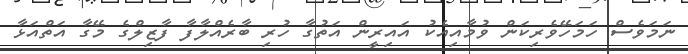
ނަމަވެސް ހަމަހޭވެރިކަން ވުމާއިއެކު އައިރީން އަތުގާ ހުރި ބާރެއްލާފާ ފާޒިލްގެ މޭގާ އަތްއަޅާ